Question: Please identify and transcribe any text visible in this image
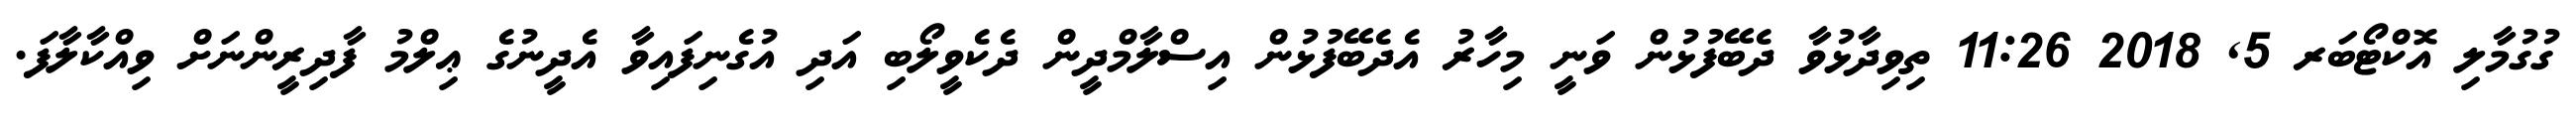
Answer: ގުގުމާލި އޮކްޓޯބަރ 5, 2018 11:26 ތިވިދާޅުވާ ދެބޭފުޅުން ވަނީ މިހާރު އެދެބޭފުޅުން އިސްލާމްދީން ދެކެވީލޯބި އަދި އުގެނިފައިވާ އެދީނުގެ ޢިލްމު ފާދިރީންނަށް ވިއްކާލާފަ.